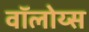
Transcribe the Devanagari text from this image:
वॉलोय्स